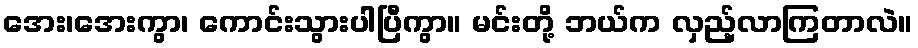
အေး၊အေးကွာ၊ ကောင်းသွားပါပြီကွာ။ မင်းတို့ ဘယ်က လှည့်လာကြတာလဲ။